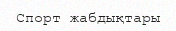
Спорт жабдықтары